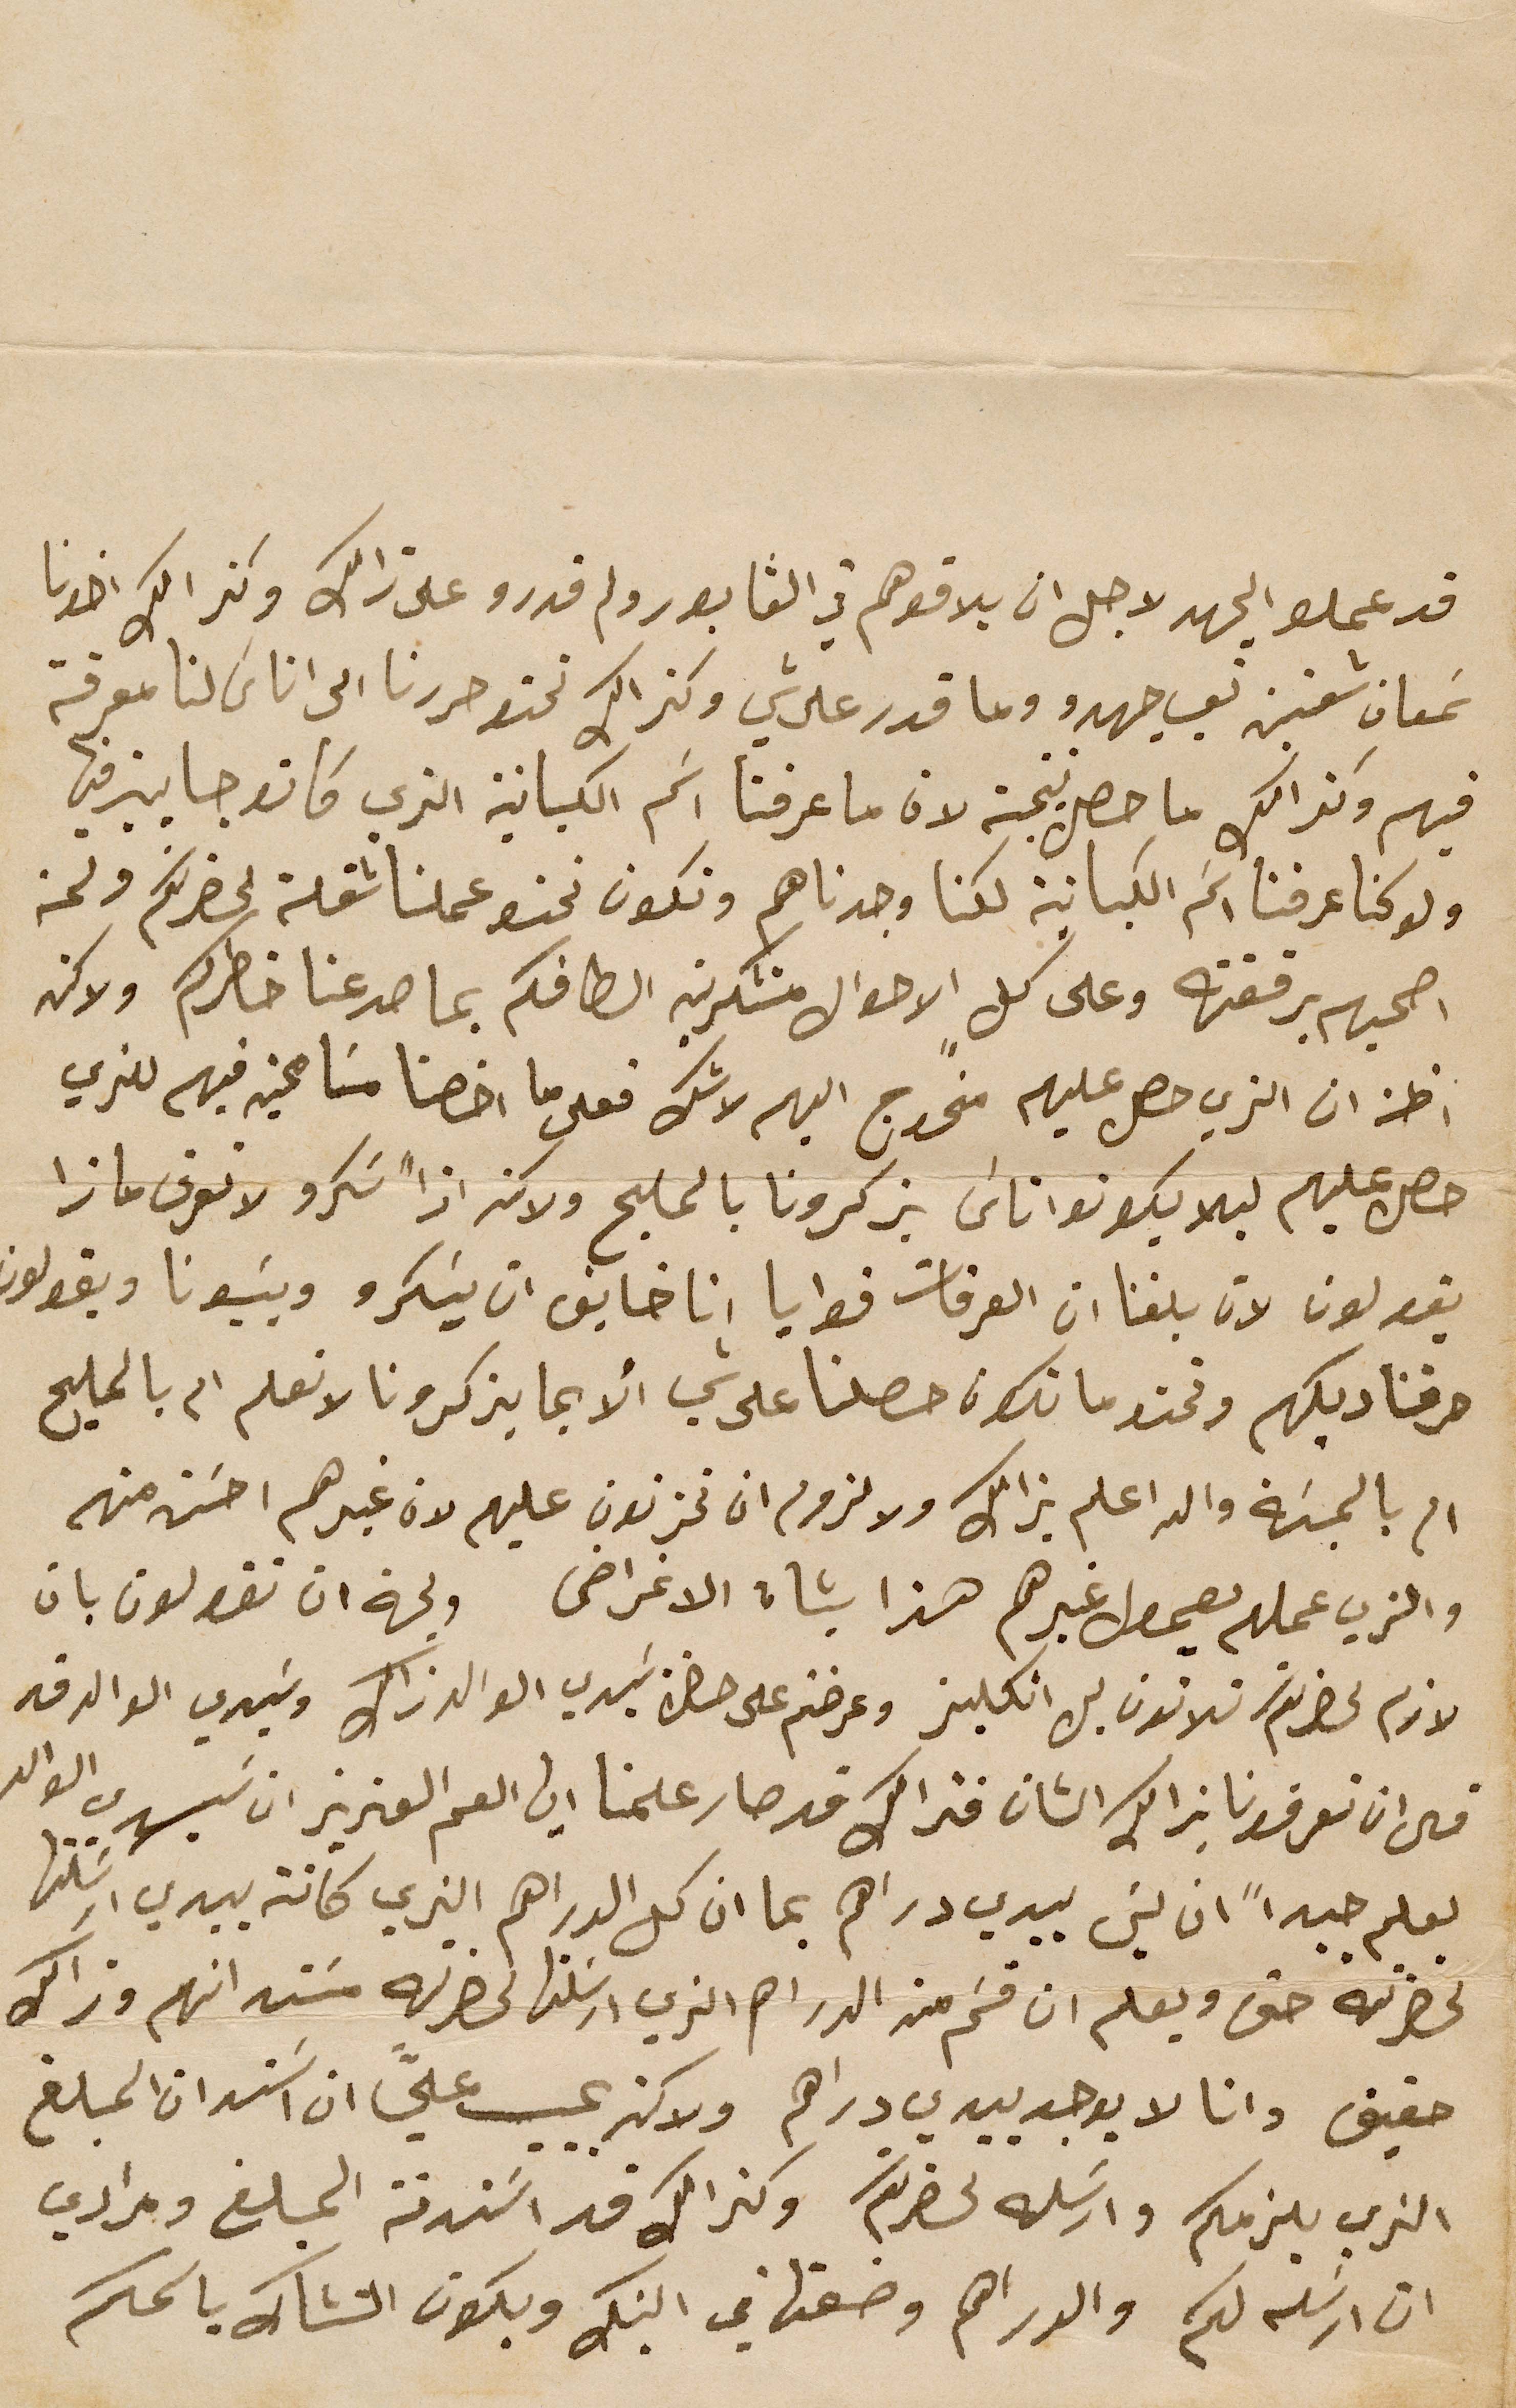
قد عملو الجهد لاجل ان يلاقوهم في الڨابور ولم قدرو على ذالك وكذالك اخونا
سَمعان شعنين تعب جهدو وما قدر على شي وكذالك نحن حررنا الى اناسَ لنا معرفة
فيهم وكذالك ما حصل نتيجة لان ما عرفنا اسَم الكبانية الذي كانو جايين فيها
ولو كنا عرفنا اسَم الكبانية لكنا وجدناهم ونكون نحنو عملنا شغلة لحضرتكم ونحن
اصحبهم برفقته وعل كلٍ الاحوال متشكرين الطافكم بما صدعنا خاطركم ولاكن
اظن ان الذي حصل عليهم منحرج اليهم لا شك فعلى ما اخصنا مسَامحين فيهم للذي
حصل عليهم ليلا يكونوا اناسَ يزكرونا بالمليح ولاكن اذاً شكرو لا نعرف ماذا
يقولون لان بلغنا ان العرقات قوايا انا خايف ان يسَكرو ويسَبونا ويقولون
حرقنا ديكهم ونحن ما نكون حصلنا على شي ألا بما يذكرونا لا نعلم ام بالمليح
ام بالمسَبة والله اعلم بذالك ولا لزوم ان تحزنون عليهم لان غيرهم احسَن منهم
والذي عملهم يعمول غيرهم هذا بشان الاغراض ولجهة ان تقولون بان
لازم لحضرتكم تلاتون ليره انكليز وعرضتم على حضرة سَيدي الوالد ذاك وسَيدي الوالد قد
قال ان تعرفونا بذالك الشان فذالك قد صار علمنا ايها العم العزيز ان سيدي الوالد
يعلم جيداً ان ليسَ بيدي دراهم بما ان كل الدراهم الذي كانت بيدي ارسَلتها
لحضرته حتى ويعلم ان قسَم من الدراهم الذي أرسَلتها لحضرته مسَتدانهم وذالك
حقيقى وانا لا يوجد بيدي دراهم ولاكن يجب عليَّ ان اسَتدان المبلغ
الذي يلزمكم وارسَله لحضرتكم وكذالك قد اسَتدنة المبلغ ومرادي
ان ارسَله لكم والدراهم وضعتها في البنك ويكون التشاك باسمكم